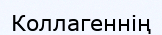
Коллагеннің